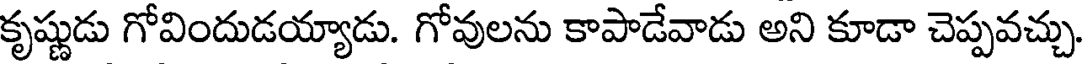
కృష్ణుడు గోవిందుడయ్యాడు. గోవులను కాపాడేవాడు అని కూడా చెప్పవచ్చు